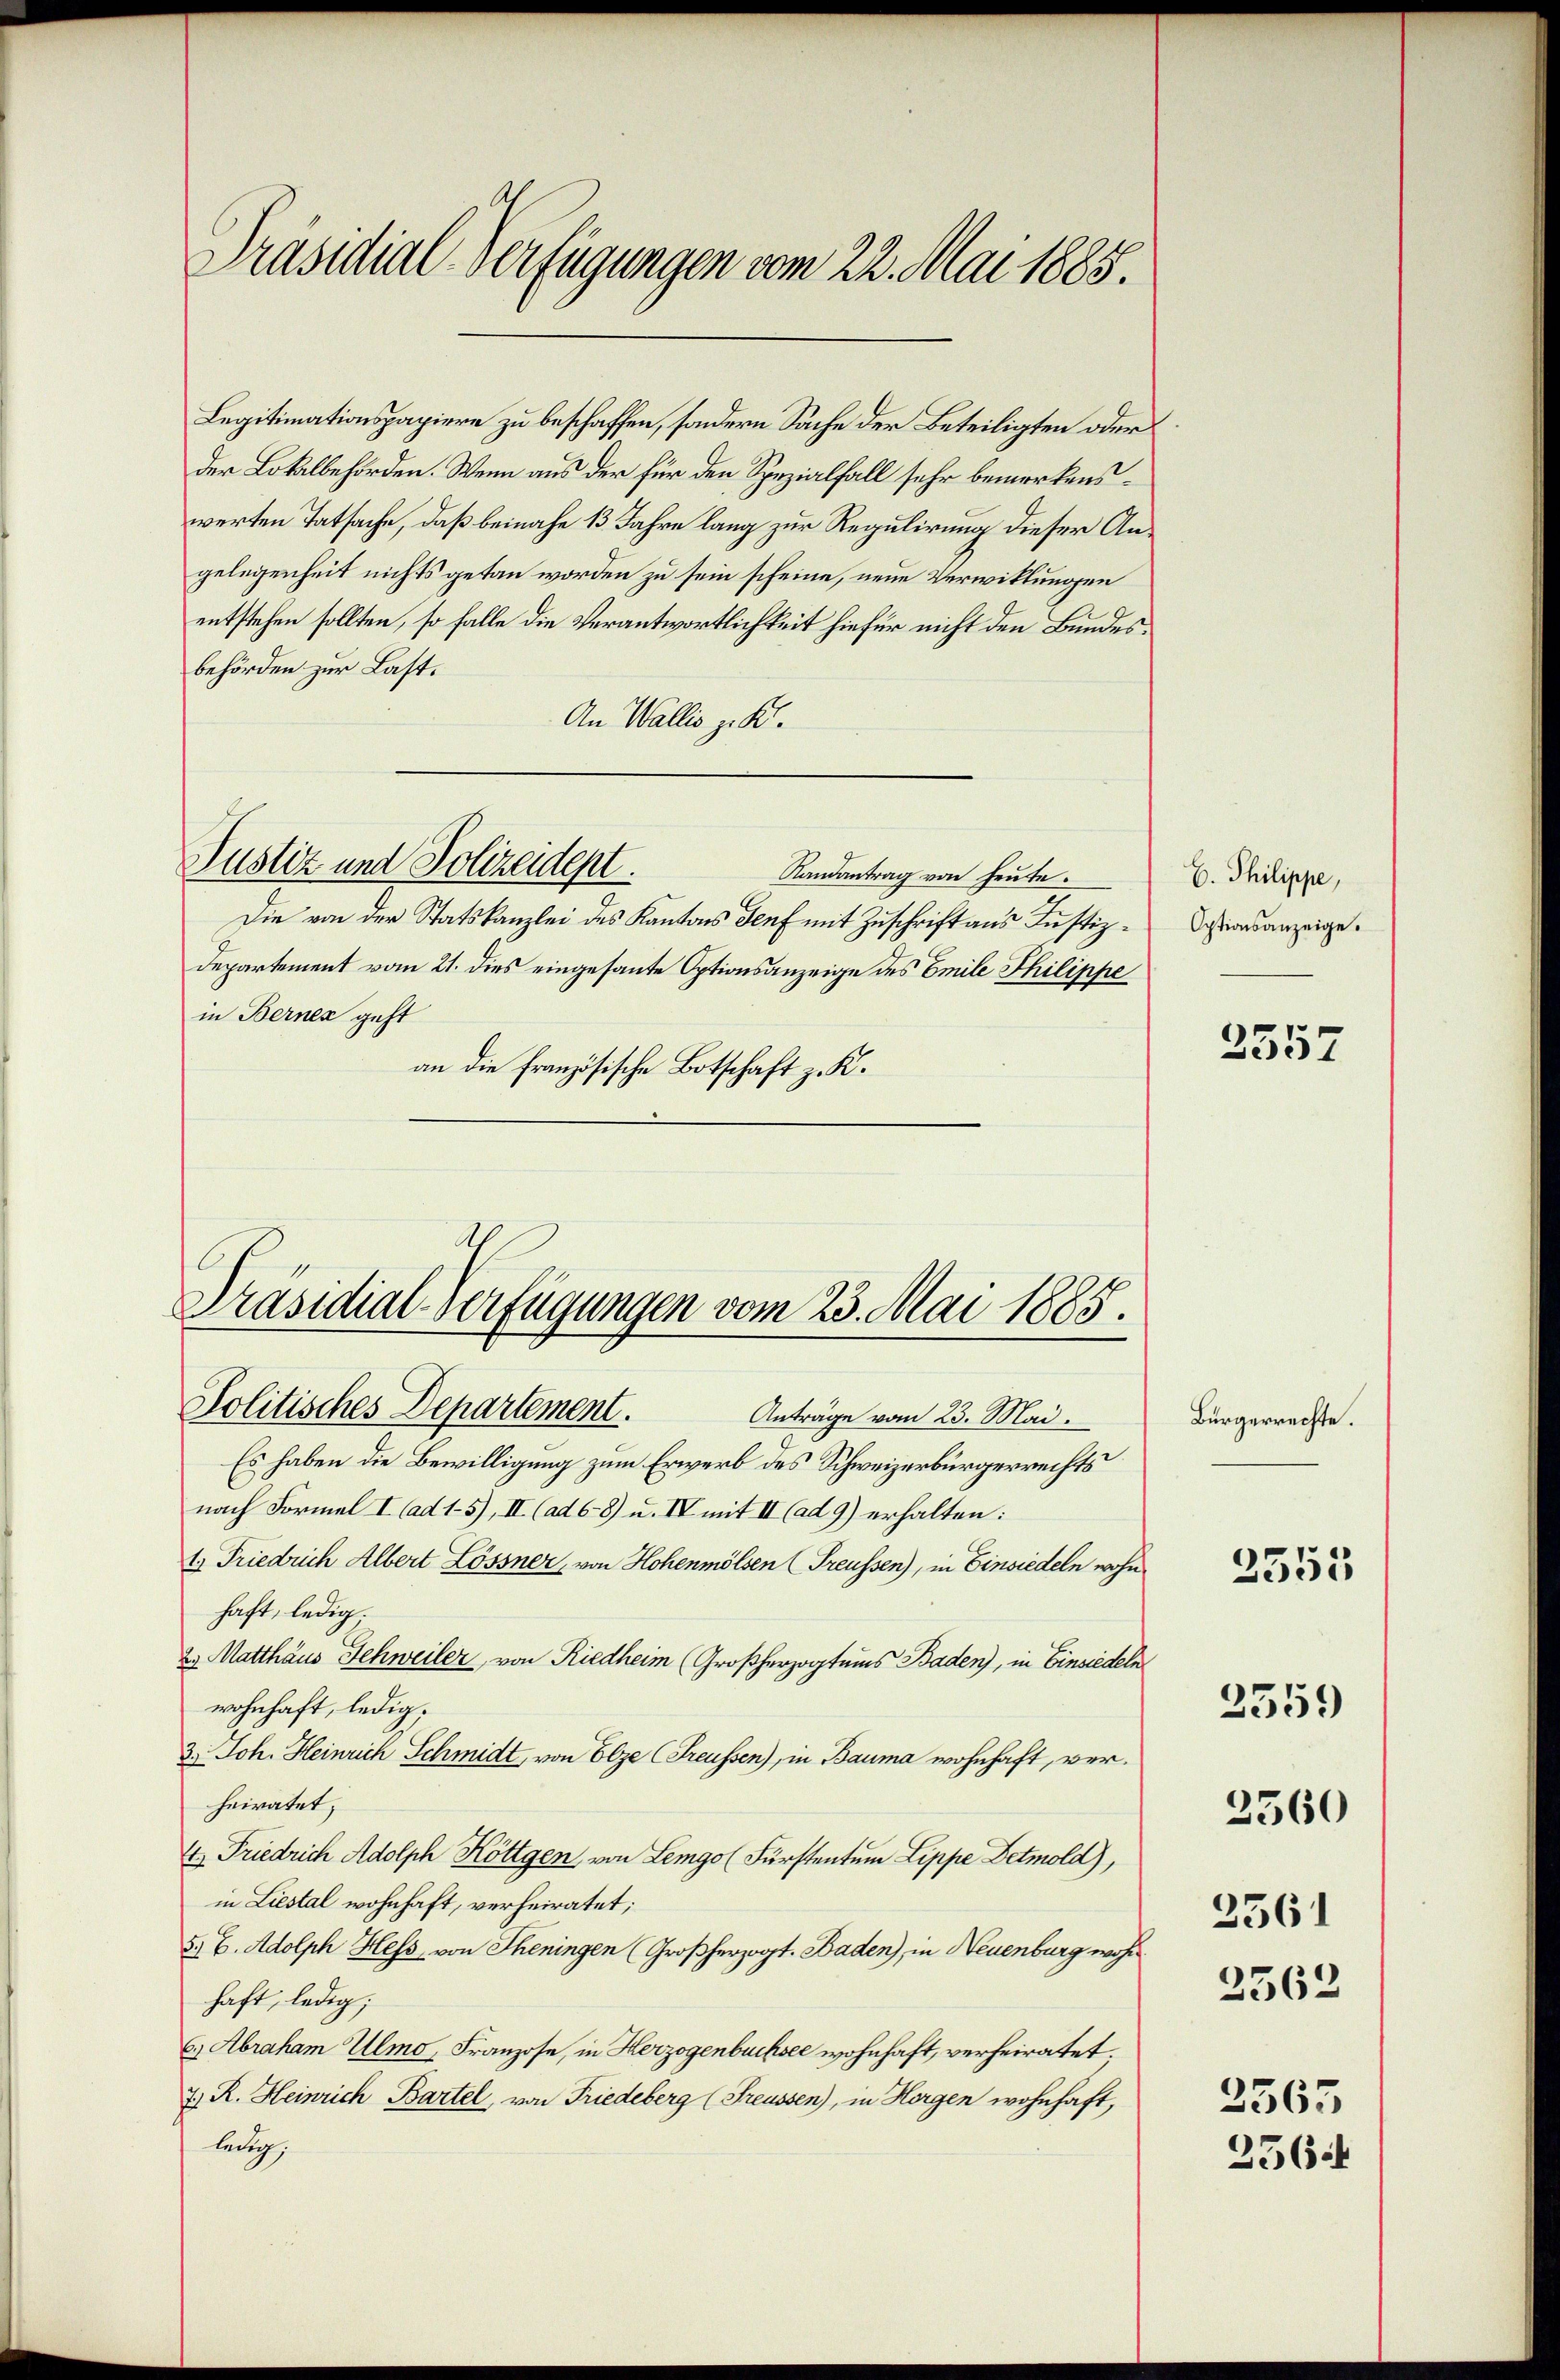
Präsidial-Verfügungen vom 22. Mai 1885.

Legitimationspapiere zu beschaffen, sondern Sache der Beteiligten oder
der Lokalbehörden. Wenn aus der für den Spezialfall sehr bemerkenswerten Tatsache, daß beinahe 13 Jahre lang zur Regulirung dieser Angelegenheit nichts getan worden zu sein scheine, neue Verwicklungen
entstehen sollten, so falle die Verantwortlichkeit hiefür nicht den Bundesbehörden zur Last.
An Wallis zu K.
Justiz und Polizeidept.
Randantrag von heute.
Die von der Statskanzlei des Kantons Genf mit Zuschrift aus Justiz¬
Departement vom 21. dies eingesante Optionsanzeige des Emile Philippe
in Berner geht
an die französische Botschaft z. K.

Präsidial-Verfügungen vom 23. Mai 1885.
Politisches Departement.
Anträge vom 23. Mai.

Es haben die Bewilligung zum Erwerb des Schweizerbürgerrechts
nach Formel I (ad 1-5), II. (ad 68) u. IV mit II (ad 9) erhalten:
1.) Friedrich Albert Lössner, von Hohenmölsen (Freussen), in Einsiedeln wohn
haft, ledig.
2. Matthäus Schweiler, von Riedheim (Großherzogtums Baden), in Einsiedeln
wohnhaft, ledig.
3.) Joh. Heinrich Schmidt von Elze (Freussen), in Bauma wohnhaft, verheiratet,
4. Friedrich Adolph Kötigen, von Lemgol Fürstentum Lippe Detmold),
in Liestal wohnhaft, verheiratet;
5. 6. Adolph Hess von Theningen (Großherzogt. Baden), in Neuenburg wohn
haft, ledig;
6) Abraham Ulmo, Franzose, in Herzogenbuchsee wohnhaft, verheiratet.
7) R. Heinrich Bartel, von Friedeberg (Freussen), in Horgen wohnhaft,
ledig,

C. Philippe,
Optionsanzeige.

3557

Bürgerrechte.

2353

3359

2560

3561

2562

2565
2564